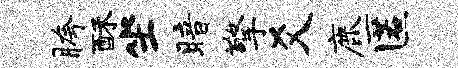
胯酥坐暗擎爻鹿匿